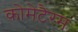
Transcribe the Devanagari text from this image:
कोमेटैरम